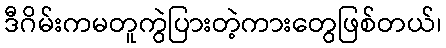
ဒီဂိမ်းကမတူကွဲပြားတဲ့ကားတွေဖြစ်တယ်၊